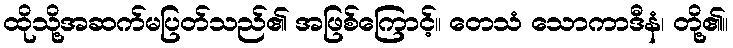
ထိုသို့အဆက်မပြတ်သည်၏ အဖြစ်ကြောင့်။ တေသံ သောကာဒီနံ၊ တို့၏။